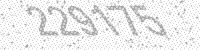
Solution: 229175